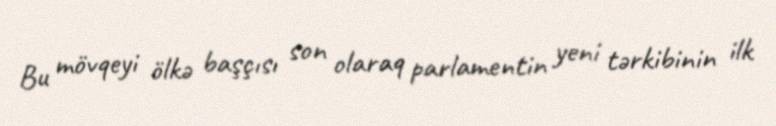
Bu mövqeyi ölkə başçısı son olaraq parlamentin yeni tərkibinin ilk